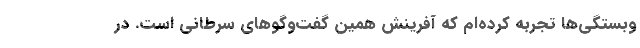
وبستگي‌ها تجربه كرده‌ام كه آفرينش همين گفت‌وگوهاي سرطاني است. در